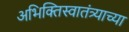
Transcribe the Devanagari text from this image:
अभिक्तिस्वातंत्र्याच्या